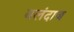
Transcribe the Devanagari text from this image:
वलंदाज